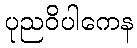
ပုညဝိပါကေန